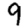
Digit: 9